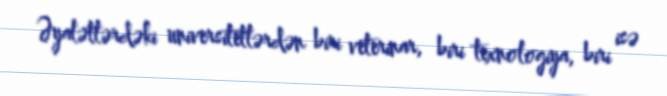
Əyalətlərdəki universitetlərdən biri veterinar, biri texnologiya, biri isə